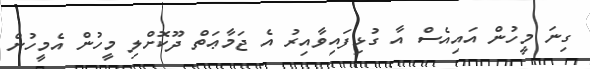
ގިނަ މީހުން އައިއެސް އާ ގުޅިފައިވާއިރު އެ ޖަމާޢަތް ދޫކޮށްލި މީހުން އެމީހުން